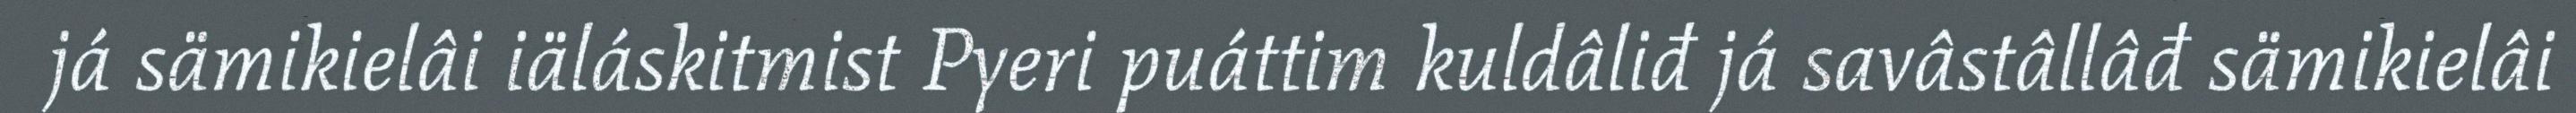
já sämikielâi iäláskitmist Pyeri puáttim kuldâliđ já savâstâllâđ sämikielâi